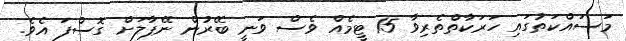
މަސައްކަތުގައި ހަރަކާތްތެރިވާ 15 ޓީމެއް ވެސް ވަނީ ބޭރުން ނޭޕާލަށް ގޮސްފަ އެވެ.